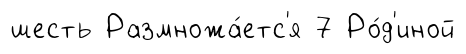
шесть Размножа́етс'я 7 Ро́д'иной